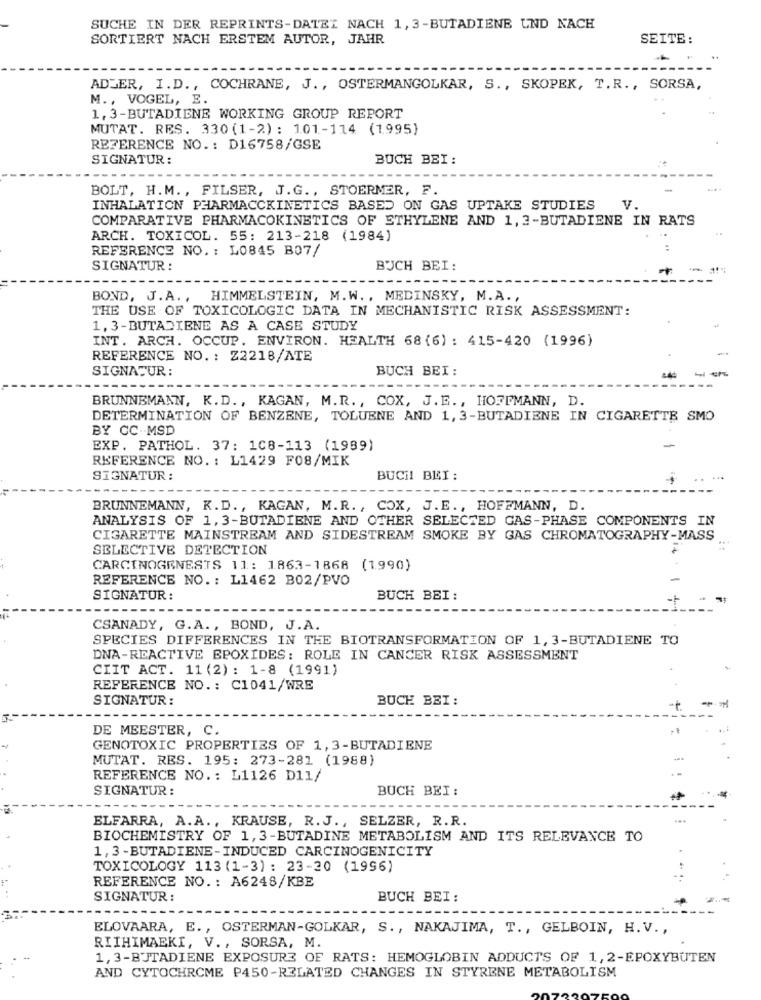
SUCHE IN DER REPRINTS-DATEI NACH 1, 3-BUTADIENE UND NACH
SORTIERT NACH ERSTEM AUTOR, JAHR
SEITE:
ADLER, I.D ., COCHRANE, J ., OSTERMANGOLKAR, S ., SKOPEK, T.R ., SORSA,
M ., VOGEL, E.
1, 3-BUTADIENE WORKING GROUP REPORT
MUTAT. RES. 330(1-2) : 101-114 (1995)
REFERENCE NO .: D16758/GSE
SIGNATUR:
BUCH BEI:
BOLT, H. M ., FILSER, J.G. , STOERMER, F.
INHALATION PHARMACOKINETICS BASED ON GAS UPTAKE STUDIES
V.
COMPARATIVE PHARMACOKINETICS OF ETHYLENE AND 1, 3-BUTADIENE IN RATS
ARCH. TOXICOL. 55: 213-218 (1984)
REFERENCE NO. : L0845 B07/
SIGNATUR :
BUCH BEI:
BOND, J.A. ,
HIMMELSTEIN, M.W ., MEDINSKY, M.A .,
THE USE OF TOXICOLOGIC DATA IN MECHANISTIC RISK ASSESSMENT:
1, 3-BUTADIENE AS A CASE STUDY
INT. ARCH. OCCUP. ENVIRON. HEALTH 68 (6) : 415-420 (1996)
REFERENCE NO. : Z2218/ATE
SIGNATUR :
BUCH BEI :
BRUNNEMANN, K.D ., KAGAN, M.R ., COX, J. E. , HOFFMANN, D.
DETERMINATION OF BENZENE, TOLUENE AND 1, 3-BUTADIENE IN CIGARETTE SMO
BY CC-MSD
EXP. PATHOL. 37: 108-113 (1989)
REFERENCE NO. : L1429 F08/MIK
SIGNATUR :
BUCH BLI :
BRUNNEMANN, K.D ., KAGAN, M.R. , COX, J. E ., HOFFMANN, D.
ANALYSIS OF 1,3-BUTADIENE AND OTHER SELECTED GAS-PHASE COMPONENTS IN
CIGARETTE MAINSTREAM AND SIDESTREAM SMOKE BY GAS CHROMATOGRAPHY-MASS
SELECTIVE DETECTION
CARCINOGENESTS 11: 1863-1868 (1990)
REFERENCE NO .: L1462 B02/PVO
SIGNATUR:
BUCH BEI :
CSANADY, G.A ., BOND, J.A.
SPECIES DIFFERENCES IN THE BIOTRANSFORMATION OF 1, 3-BUTADIENE TO
DNA-REACTIVE EPOXIDES: ROLE IN CANCER RISK ASSESSMENT
CIIT ACT. 11 (2) : 1-8 (1991)
REFERENCE NO .: C1041/WRE
SIGNATUR:
BUCH BEI:
DE MEESTER, C.
GENOTOXIC PROPERTIES OF 1, 3-BUTADIENE
MUTAT. RES. 195: 273-281 (1988)
REFERENCE NO .: L1126 D11/
SIGNATUR:
BUCH BEI :
ELFARRA, A.A ., KRAUSE, R.J ., SELZER, R.R.
BIOCHEMISTRY OF 1,3-BUTADINE METABOLISM AND ITS RELEVANCE TO
1, 3-BUTADIENE-INDUCED CARCINOGENICITY
TOXICOLOGY 113 (1-3): 23-20 (1996)
REFERENCE NO .: A6248/KBE
SIGNATUR :
BUCH BEI:
ELOVAARA, E ., OSTERMAN-GOLKAR, S ., NAKAJIMA, T ., GELBOIN, H.V .,
RIIHIMAEKI, V ., SORSA, M.
1,3-BUTADIENE EXPOSURE OF RATS: HEMOGLOBIN ADDUCTS OF 1, 2-EPOXYBUTEN
AND CYTOCHROME P450-RELATED CHANGES IN STYRENE METABOLISM